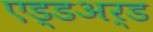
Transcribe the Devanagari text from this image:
एड्डअर्ड